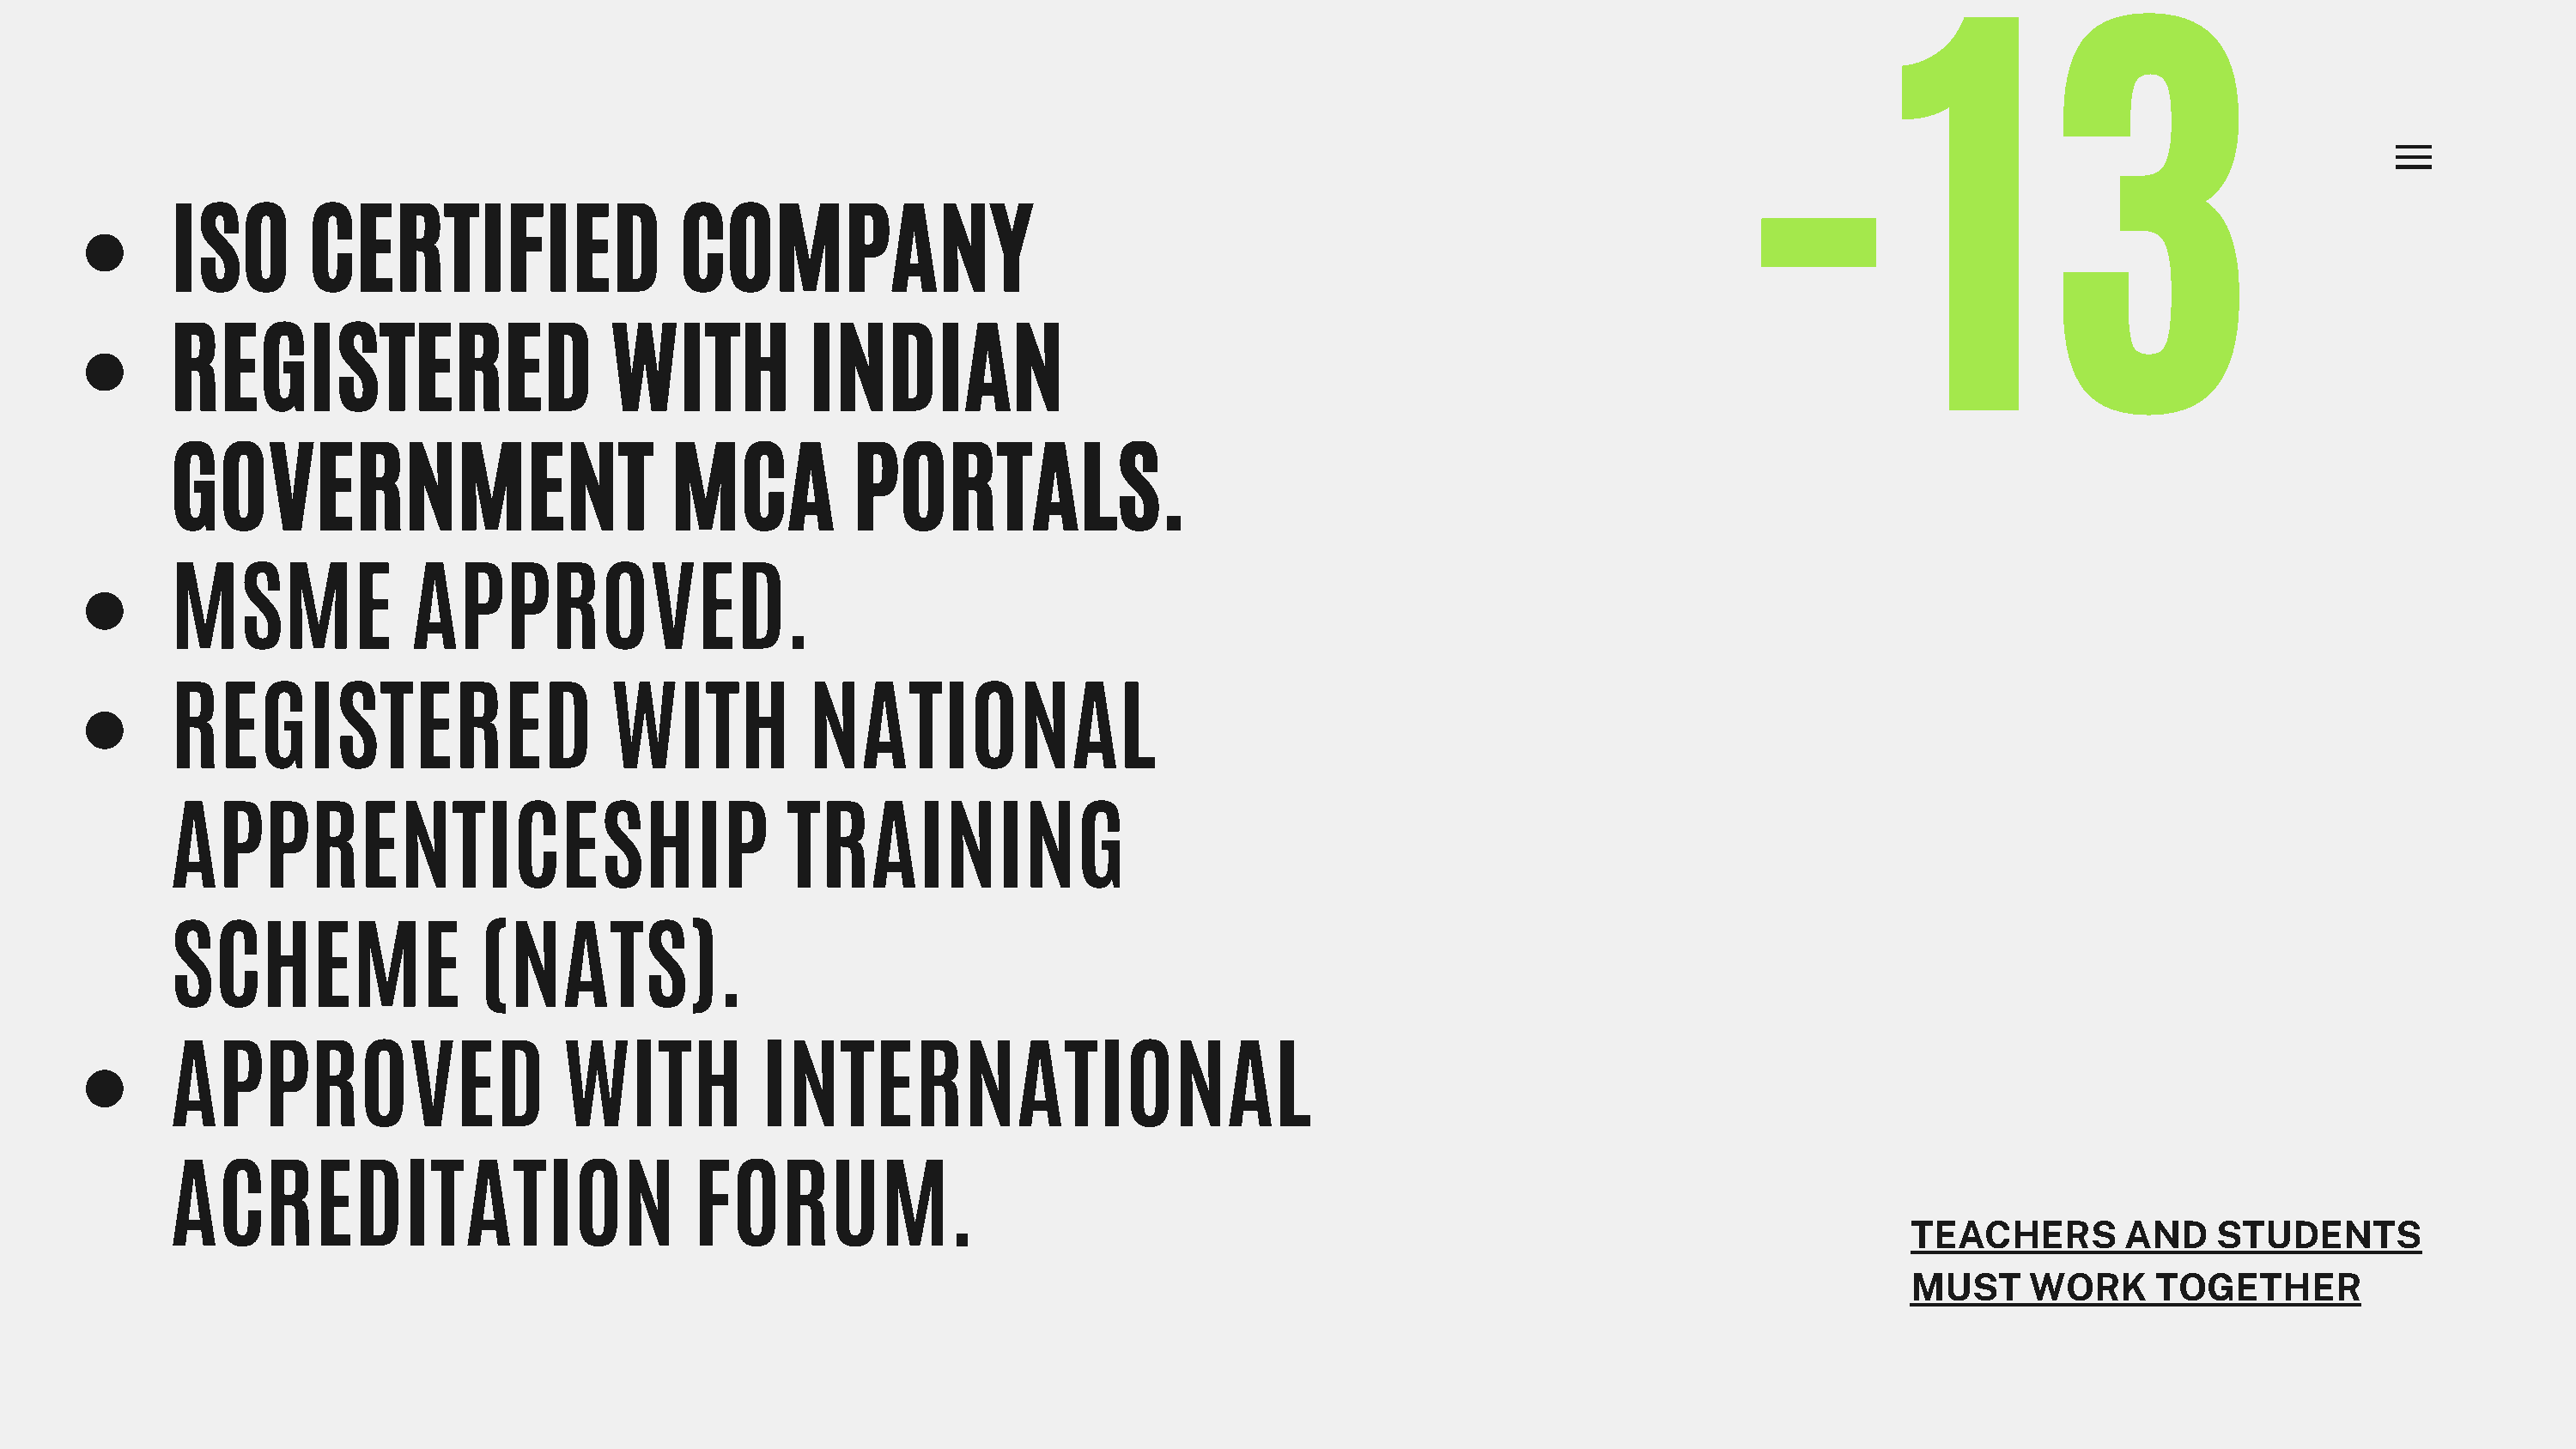
-13
 ISO        CERTIFIED                   COMPANY
 REGISTERED                        WITH           INDIAN
 GOVERNMENT                             MCA           PORTALS.
 MSME               APPROVED.
 REGISTERED                        WITH           NATIONAL
 APPRENTICESHIP                                  TRAINING
 SCHEME                  (NATS).
 APPROVED                      WITH            INTERNATIONAL
 ACREDITATION                            FORUM.
 TEACHERS         AND    STUDENTS
 MUST     WORK      TOGETHER